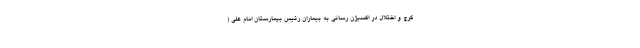
کرج و اختلال در اکسیژن‌ رسانی به بیماران رئیس بیمارستان امام علی (